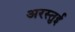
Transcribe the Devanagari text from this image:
अरस्तुई